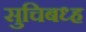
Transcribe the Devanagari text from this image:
सुचिबध्ह